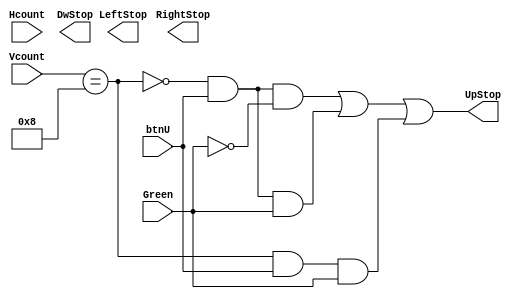
`timescale 1ns / 1ps
//////////////////////////////////////////////////////////////////////////////////
// Company: 
// Engineer: 
// 
// Design Name: 
// Module Name: BGCollisionDetector
// Project Name: 
// Target Devices: 
// Tool Versions: 
// Description: 
// 
// Dependencies: 
// 
// Revision:
// Revision 0.01 - File Created
// Additional Comments:
// 
//////////////////////////////////////////////////////////////////////////////////


module BGCollisionDetector(
    input btnU,
    input [9:0] Hcount,
    input [9:0] Vcount,
    input Green,
    output UpStop,
    output DwStop,
    output LeftStop,
    output RightStop
    );
    
    assign UpStop = (~(Vcount == 10'b0000001000) & btnU & ~Green) | 
                    (~(Vcount == 10'b0000001000) & btnU & Green) | 
                    ((Vcount == 10'b0000001000) & btnU & Green); 
endmodule